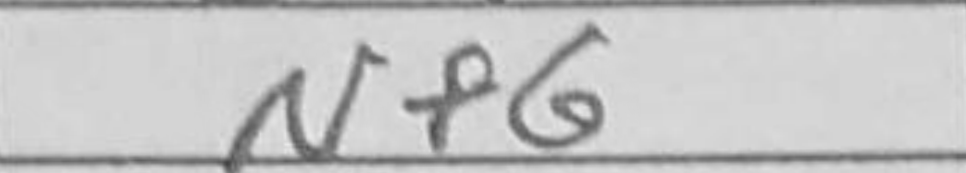
Transcription: Nf6